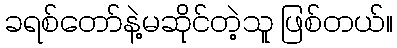
ခရစ်တော်နဲ့မဆိုင်တဲ့သူ ဖြစ်တယ်။